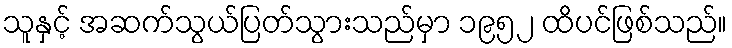
သူနှင့် အဆက်သွယ်ပြတ်သွားသည်မှာ ၁၉၅၂ ထိပင်ဖြစ်သည်။